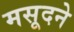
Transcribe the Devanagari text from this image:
मसूदने